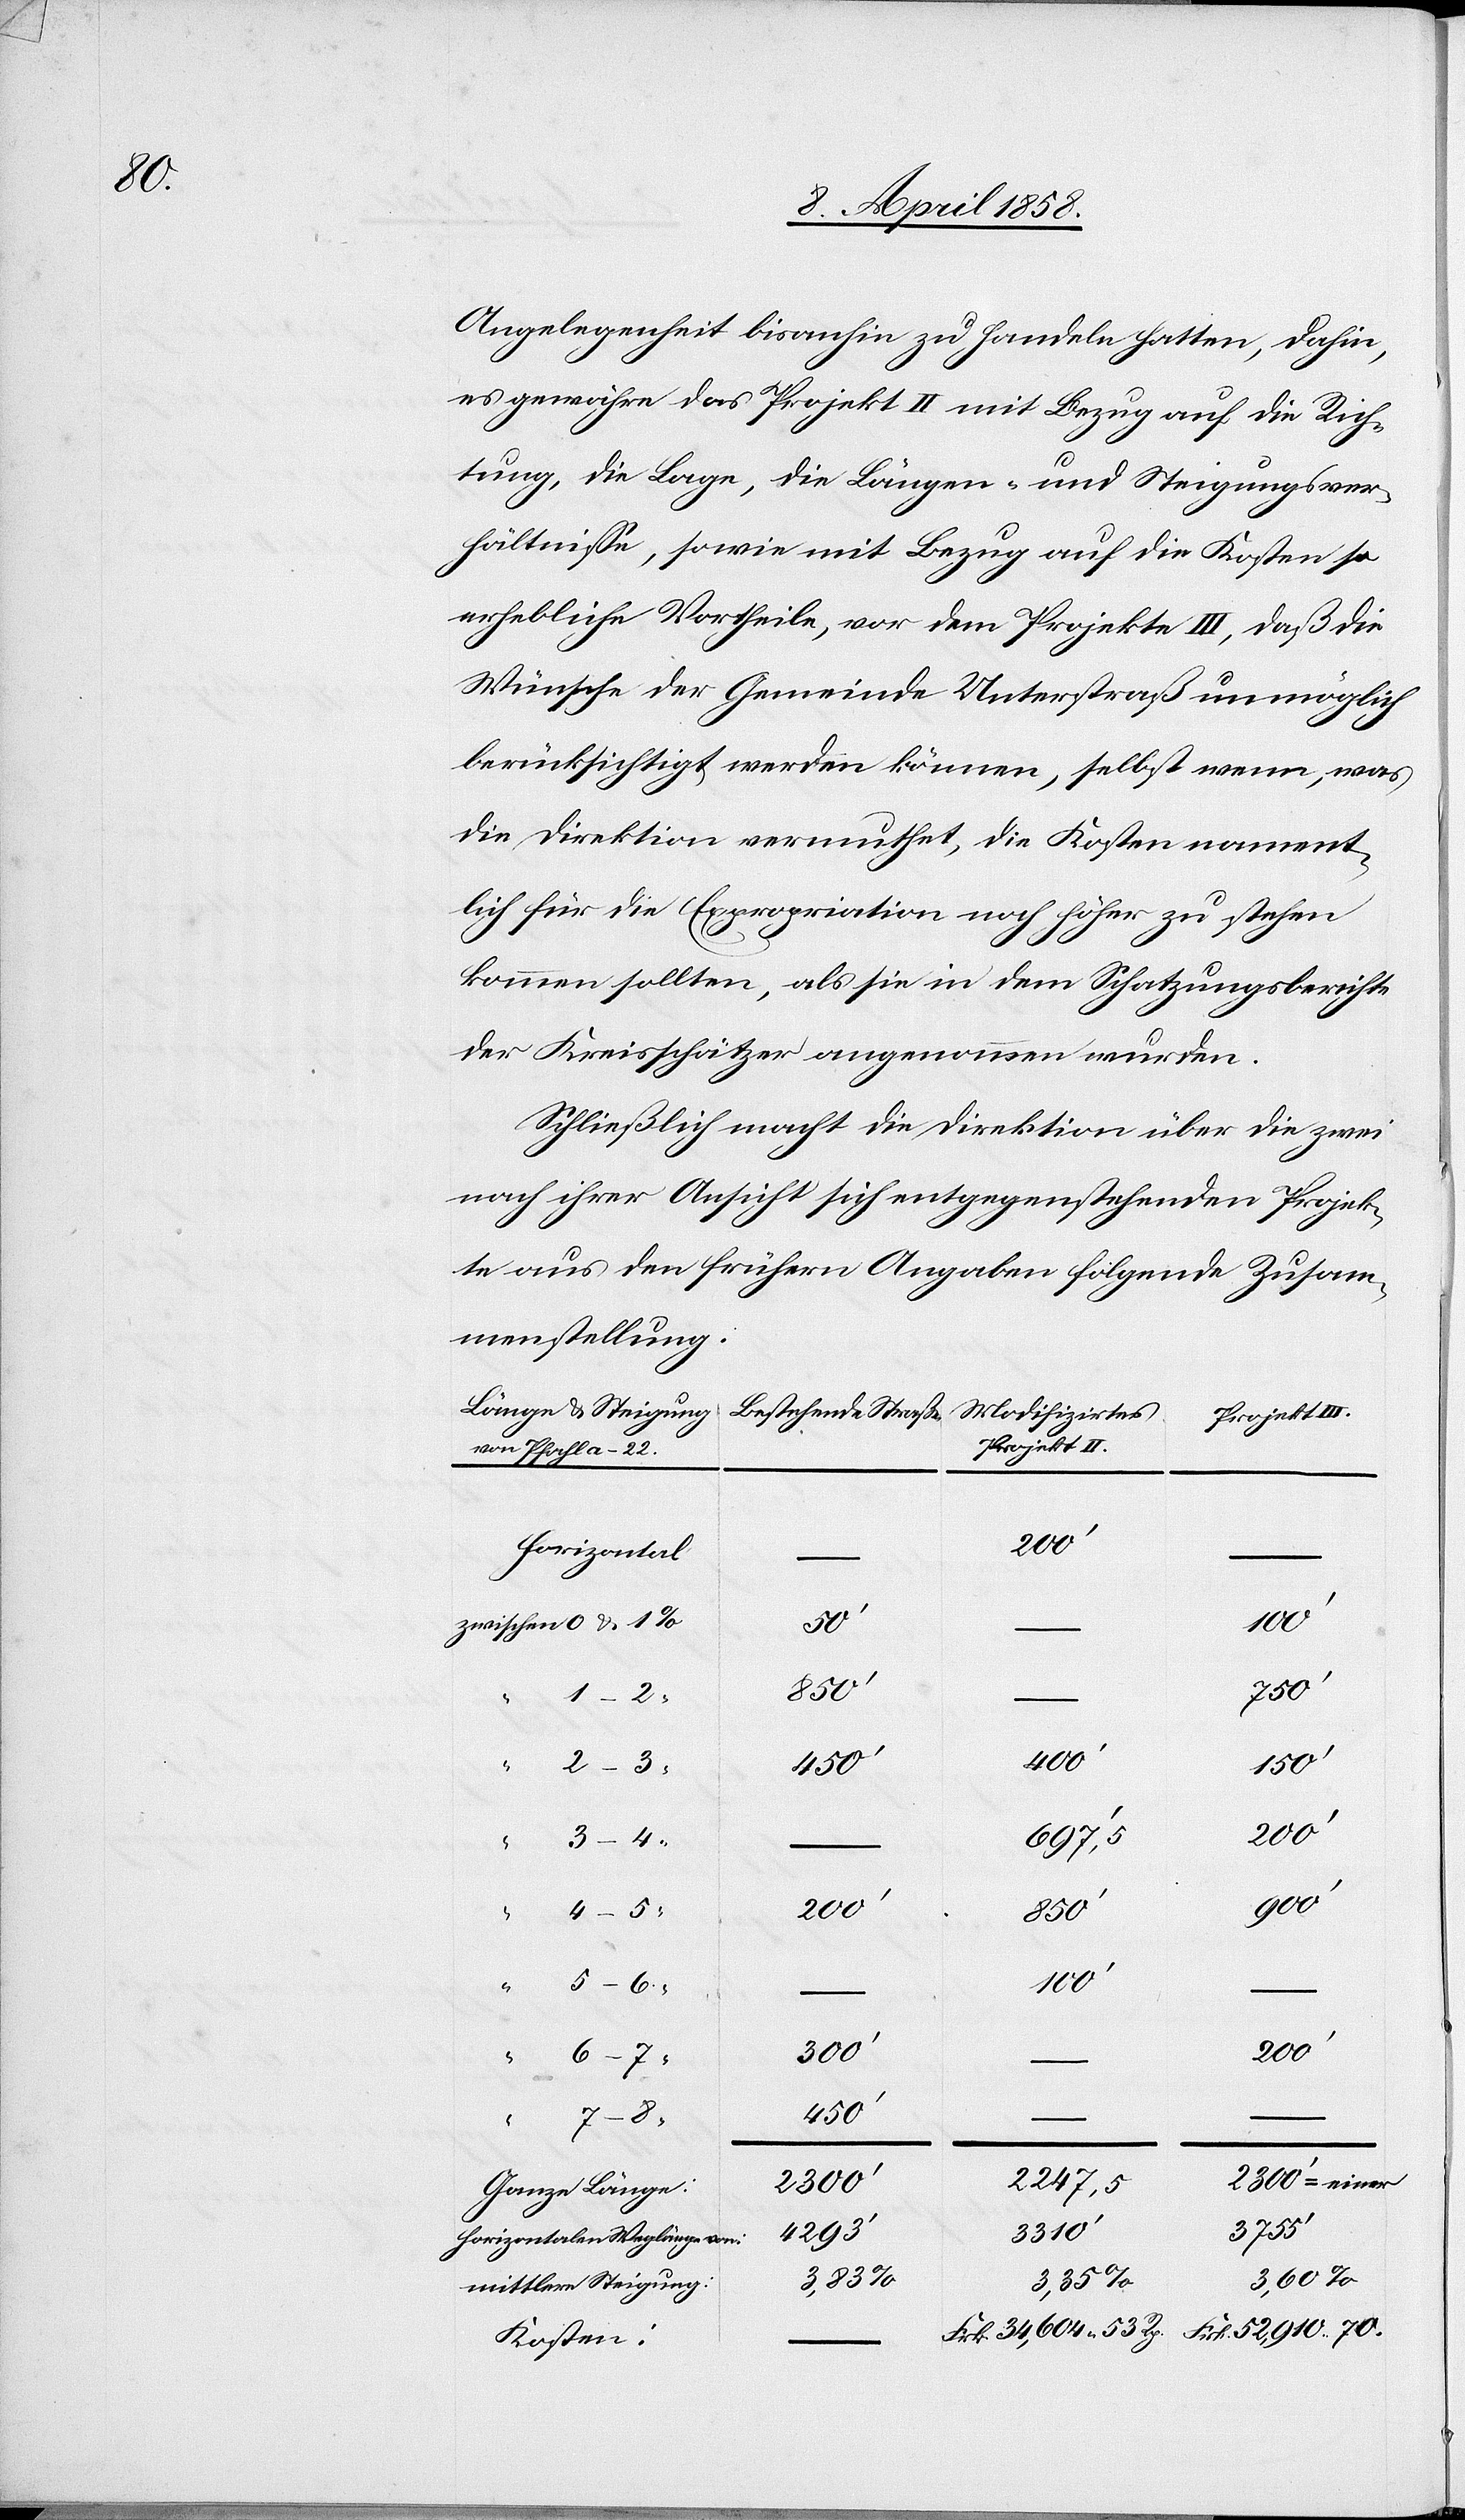
Angelegenheit bisanhin zu handeln hatten, dahin,
es gewähre das Projekt II mit Bezug auf die Rich¬
tung, die Lage, die Längen- und Steigungsver¬
hältnisse, sowie mit Bezug auf die Kosten so
erhebliche Vortheile, vor dem Projekte III, daß die
Wünsche der Gemeinde Unterstraß unmöglich
berücksichtigt werden können, selbst wenn, was
die Direktion vermuthet, die Kosten nament¬
lich für die Expropriation noch höher zu stehen
kommen sollten, als sie in dem Schatzungsberichte
der Kreisschätzer angenommen wurden.
Schließlich macht die Direktion über die zwei
nach ihrer Ansicht sich entgegenstehenden Projek¬
te aus den frühern Angaben folgende Zusam¬
menstellung:
Modifizirtes
Projekt II
Projekt III
von Pfahl a–22.
horizontal
–
–
1–2
53
Frk.
400’
150’
450’
200’
7–8
Frk.
52,910
70.
–
2300’ = einer
2247,5
2300’
Ganze Länge:
3755’
3310’
4293’
horizontale Weglänge von
mittlere Steigung
Kosten: